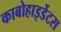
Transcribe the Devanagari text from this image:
काबोहाइर्डेटस